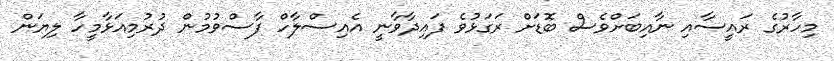
މިހާރުގެ ރައީސާއި ނާއިބަށްވެސް ބޮޑަށް ރަގަޅުވެ ފައިދާވާނީ އެއިސްލާހް ފާސްވުމުން ދުރުމިއަޅާމީހާ ލިޔަން